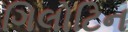
ગિલોટિન